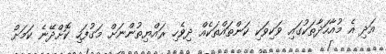
އަދި އެ މުއާހަދާތަކުގައި ވަކިވަކި ކަންތައްތަކެއް ދިވެހި ރައްޔިތުންނަށް މަގުފަހި ކޮށްދޭނެ ކަމަށް